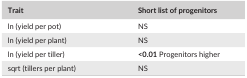
<table><thead><tr><td><b>Trait</b></td><td><b>Short list of progenitors</b></td></tr></thead><tbody><tr><td>ln (yield per pot)</td><td>NS</td></tr><tr><td>ln (yield per plant)</td><td>NS</td></tr><tr><td>ln (yield per tiller)</td><td><b>&lt;0.01</b> Progenitors higher</td></tr><tr><td>sqrt (tillers per plant)</td><td>NS</td></tr></tbody></table>